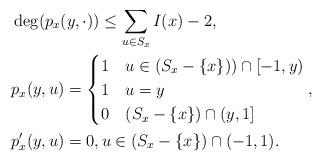
LaTeX: \begin{align*} &\deg(p_x(y,\cdot))\le\sum_{u\in S_x} I(x) - 2,\\ &p_x(y,u)=\begin{cases} 1& u\in (S_x-\{x\}))\cap[-1,y)\\ 1&u=y\\ 0&(S_{x}-\{x\})\cap(y,1] \end{cases},\\ &p'_{x}(y,u)=0,u\in(S_{x}-\{x\})\cap(-1,1).\end{align*}